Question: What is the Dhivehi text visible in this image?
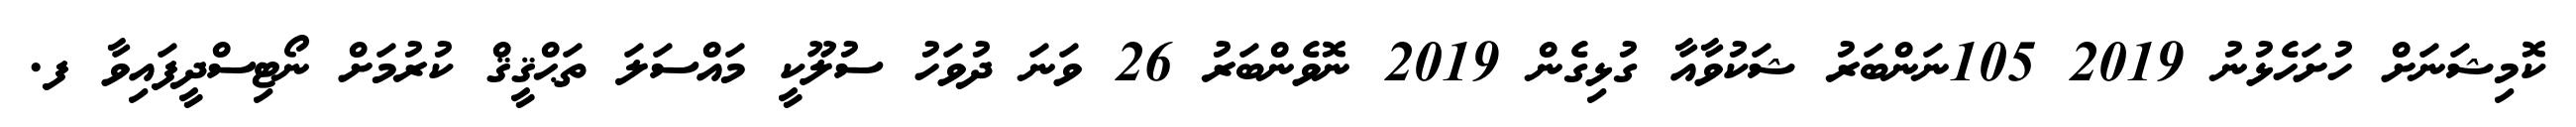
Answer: ކޮމިޝަނަށް ހުށަހެޅުނު 2019 105ނަންބަރު ޝަކުވާއާ ގުޅިގެން 2019 ނޮވެންބަރު 26 ވަނަ ދުވަހު ސުލޫކީ މައްސަލަ ތަޙްޤީޤް ކުރުމަށް ނޯޓިސްދީފައިވާ ފ.